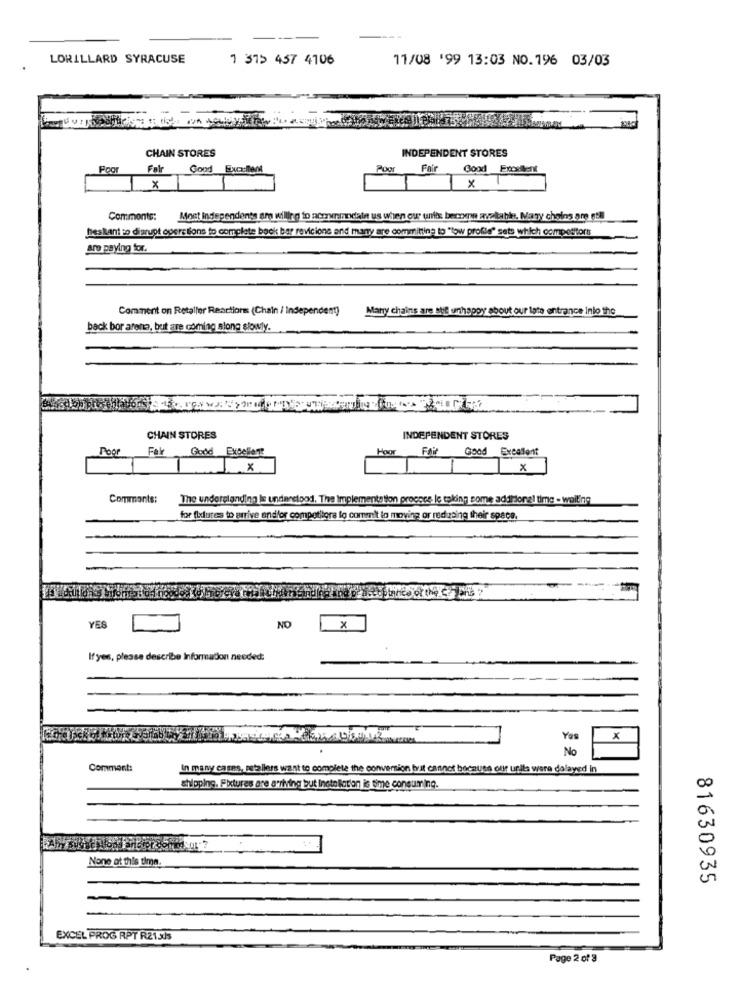
LORILLARD SYRACUSE
1 37> 457 4106
11/08 '99 13:03 NO.196 03/03
CHAIN STORES
INDEPENDENT STORES
Poor
Fair Good Excellent
POOL
Fair
Good Excellent
×
x
Comments: Most Independents are wiling to acomodale us when our units beczynu avaltable. Mary chains are stil
hes kant to disrupt opere tions to complete bock bar revicione and many are committing to "low profile" sets which competitors
are paying for.
Comment on Retaller Reactions (Chain / Independent)
Many chains are still unhappy about our late entrance Into the
back bor arena, but are coming along slowly.
or idor
CHAIN STORES
INDEPENDENT STORES
Poor
Fak Good Excellent
FAit
Good Exeafent
x
Comments:
The understanding is understood. The Implementation proches le eoling some addisonel time - wolting
for fixtures to arrive and/or competitora lo commit to moving or redgoing their space.
YES
NO
X
If yes, please describe Information needed:
Yes
x
No
Comment:
In many cases, metallers want to complete the conversion but cannot because our unils were dolayed in
shipping. Fixtures are arriving but Installation is time consuming.
None at this time
81630935
EXCEL PROG RPT R21 xJs
Page 2 of 3